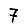
Digit: 7